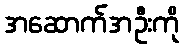
အဆောက်အဦးကို